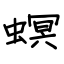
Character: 螟